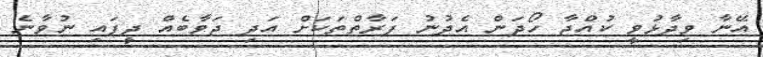
އޭނާ ވިދާޅުވީ ކުއްޖާ ހޯދަން އެދުނު ފަރާތްތަކަށް އަދި ޖަވާބެއް ދީފައި ނުވާނެ